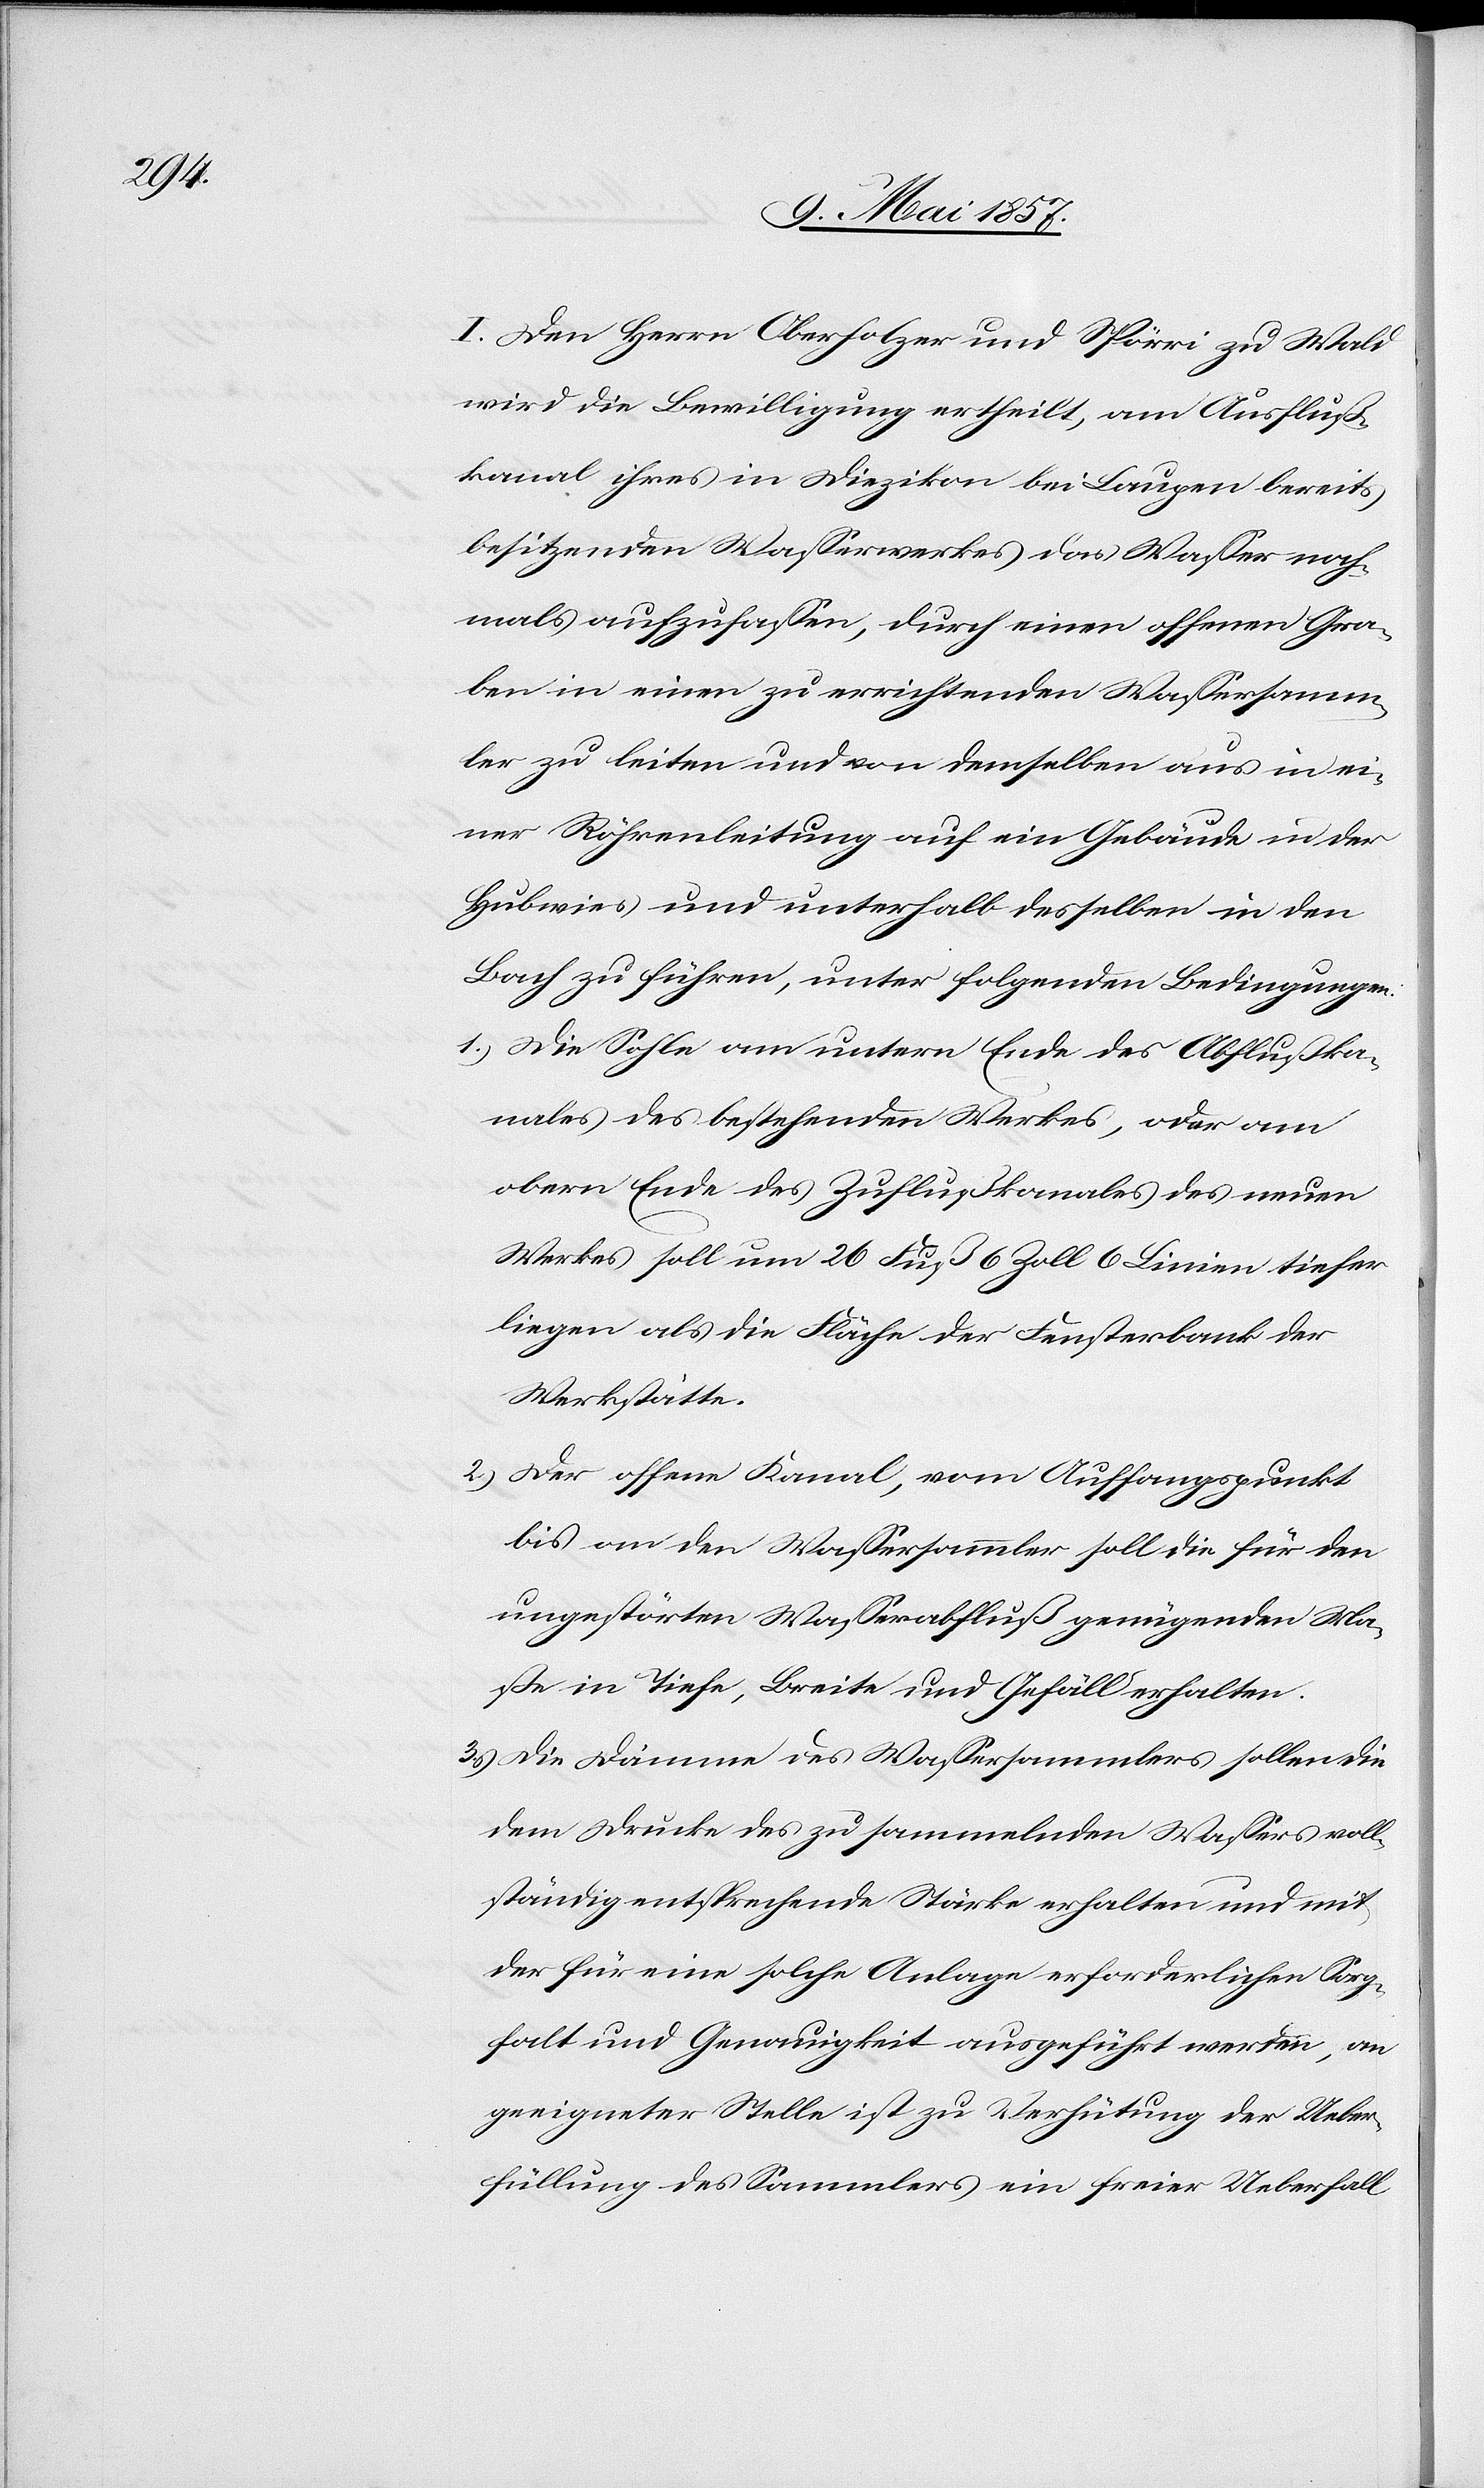
I. Dem Herrn Oberholzer und Spörri zu Wald
wird die Bewilligung ertheilt, am Aufluß¬
kanal ihres in Diezikon bei Laupen bereits
besitzenden Wasserwerkes das Wasser noch¬
mals aufzufassen, durch einen offenen Gra¬
ben in einen zu errichtenden Wassersamm¬
ler zu leiten und von demselben aus in ei¬
ner Röhrenleitung auf ein Gebäude in der
Hubwies und unterhalb desselben in den
Bach zu führen, unter folgenden Bedingungen:
1.) Die Sohle am untern Ende des Abflußka¬
nales des bestehenden Werkes, oder am
obern Ende des Zuflußkanales des neuen
Werkes soll um 26 Fuß 6 Zoll 6 Linien tiefer
liegen als die Fläche der Fensterbank der
Werkstätte.
2.) Der offene Kanal, vom Auffangspunkt
bis an den Wassersammler soll die für den
ungestörten Wasserfluß genügenden Ma¬
sse in Tiefe, Breite und Gefäll erhalten.
3.) Die Dämme des Wassersammlers sollen die
dem Drucke des zu sammelnden Wassers voll¬
ständig entsprechende Stärke erhalten und mit
der für eine solche Anlage erforderlichen Sorg¬
falt und Genauigkeit ausgeführt werden, am
geeigneter Stelle ist zu Verhütung der Ueber¬
füllung des Sammlers ein freier Ueberfall